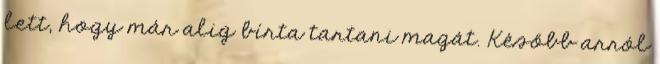
lett, hogy már alig bírta tartani magát. Később arról